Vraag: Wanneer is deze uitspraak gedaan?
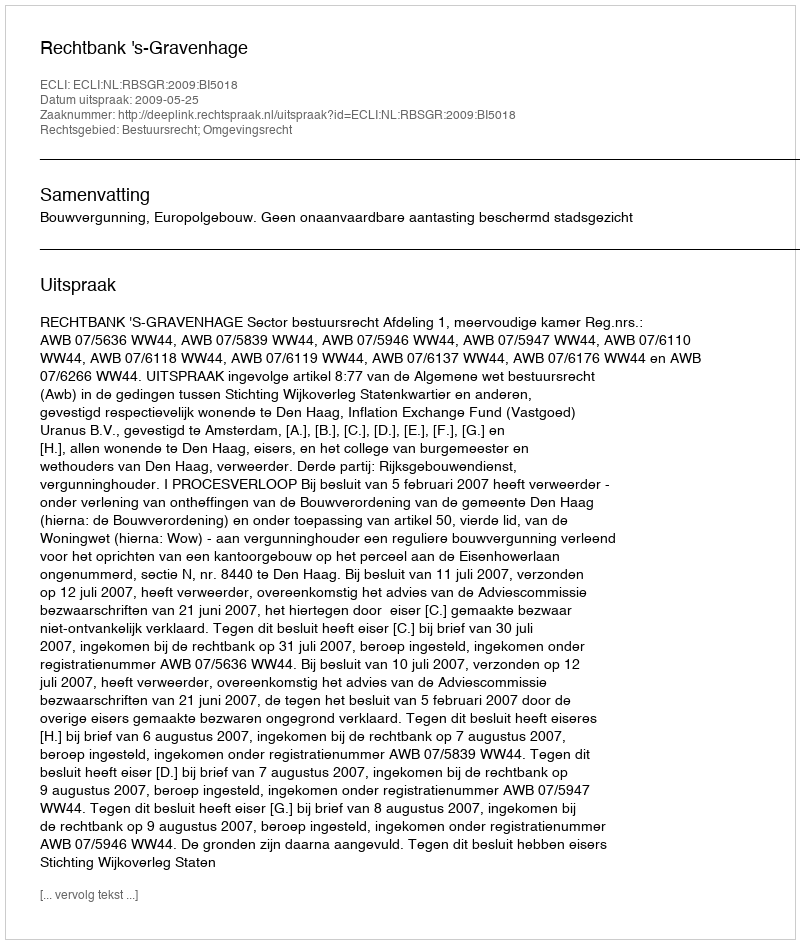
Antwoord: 2009-05-25